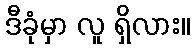
ဒီခုံမှာ လူ ရှိလား။